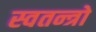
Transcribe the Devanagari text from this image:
स्वतन्त्रो